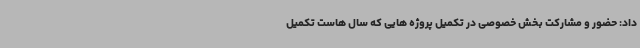
داد: حضور و مشارکت بخش خصوصی در تکمیل پروژه هایی که سال هاست تکمیل